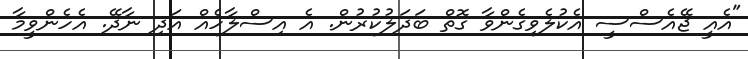
"އެއީ ޖޭއެސްސީ އެކުލެވިގެންވާ ގޮތް ބަދަލުކުރުން. އެ އިސްލާހެއް އަދި ނާދޭ. އެހެންވީމާ